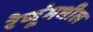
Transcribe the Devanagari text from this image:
रेणूंमधील